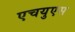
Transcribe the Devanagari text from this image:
एचयुएस